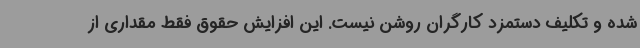
شده و تکلیف دستمزد کارگران روشن نیست. این افزایش حقوق فقط مقداری از